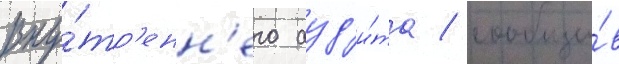
вну́тр'енн'его ауд'и́та / сообщи́в